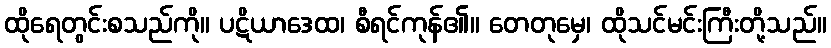
ထိုရေတွင်းစသည်ကို။ ပဋိယာဒေထ၊ စီရင်ကုန်၏။ တေတုမှေ၊ ထိုသင်မင်းကြီးတို့သည်။